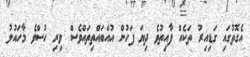
އެގޮތުގައި ގަޑިއިރު ތަކެއް ފާއިތުވެ ދިޔަ ފަހުން އުއްބައްތިތައްވެސް ވިރި ހުސްވެ މާހައުލު